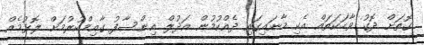
ގޮތަށް ދޮގު ވާހަކަތައް އެކި މާނައިގައި ދެއްކުމުން އަދުލް އިންސާފު ގާއިމްކުރުމަށް ލޮޅުމެއް